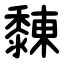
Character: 䵔